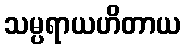
သမ္ပရာယဟိတာယ